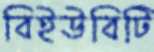
বিইউবিটি